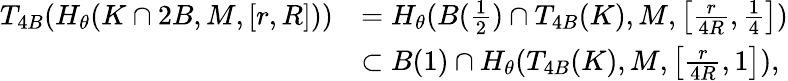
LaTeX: \begin{array}{rl}{T_{4B}(H_{\theta}(K\cap 2B,M,[r,R]))}&{=H_{\theta}(B(\frac{1}{2})\cap T_{4B}(K),M,\left[\frac{r}{4R},\frac{1}{4}\right])}\\ &{\subset B(1)\cap H_{\theta}(T_{4B}(K),M,\left[\frac{r}{4R},1\right]),}\end{array}